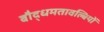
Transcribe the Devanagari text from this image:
बौद्धमतावल्बियों